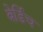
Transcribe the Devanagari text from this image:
बेर्डिच